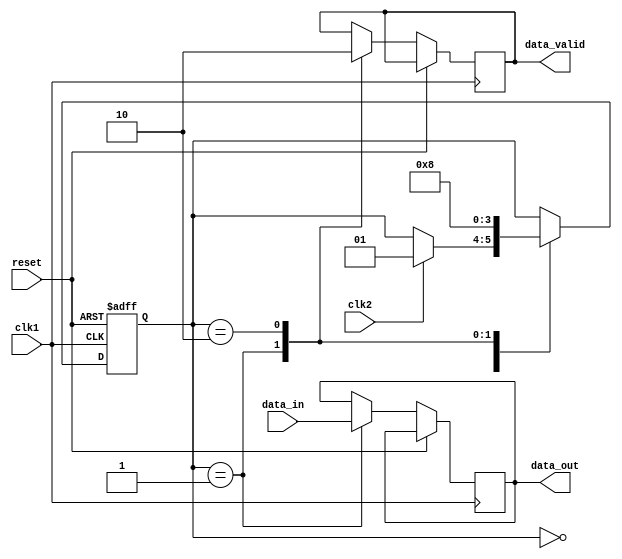
module synchronizer (
    input wire clk1,
    input wire clk2,
    input wire reset,
    input wire data_in,
    output reg data_out,
    output reg data_valid
);

reg [1:0] state;
parameter IDLE = 2'b00;
parameter CAPTURE = 2'b01;
parameter TRANSFER = 2'b10;

always @ (posedge clk1 or posedge reset)
begin
    if (reset)
        state <= IDLE;
    else
        case(state)
            IDLE: begin
                if (clk2)
                    state <= CAPTURE;
            end
            CAPTURE: begin
                data_out <= data_in;
                data_valid <= 1;
                state <= TRANSFER;
            end
            TRANSFER: begin
                data_valid <= 0;
                state <= IDLE;
            end
        endcase
end

endmodule